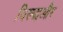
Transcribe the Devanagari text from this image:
विरुद्धऔर